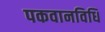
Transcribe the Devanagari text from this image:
पकवानविधि